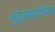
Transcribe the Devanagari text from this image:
भुईआवळीच्या